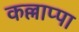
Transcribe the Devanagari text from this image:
कल्लाप्पा